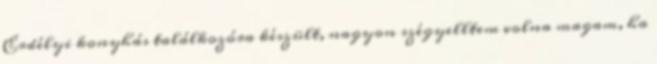
Erdélyi konyhás találkozóra készült, nagyon szégyelltem volna magam, ha